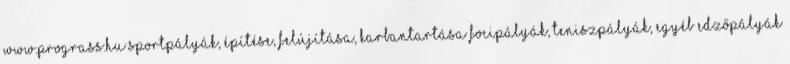
www.prograss.hu Sportpályák, építése, felújítása, karbantartása Focipályák, teniszpályák, egyéb edzőpályák